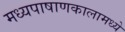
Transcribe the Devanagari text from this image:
मध्यपाषाणकालामध्ये